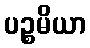
ပဉ္စမိယာ